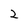
Character: 2